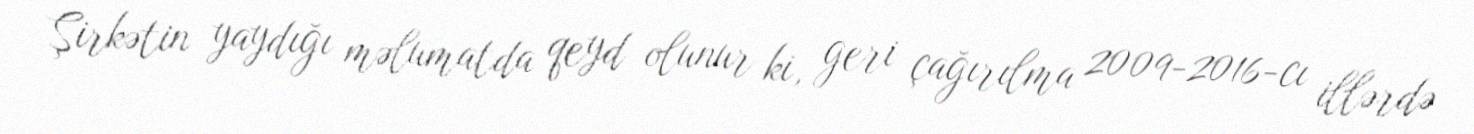
Şirkətin yaydığı məlumatda qeyd olunur ki, geri çağırılma 2009-2016-cı illərdə